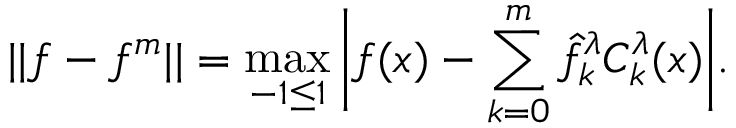
| | f - f ^ { m } | | = \operatorname* { m a x } _ { - 1 \leq 1 } \bigg | f ( x ) - \sum _ { k = 0 } ^ { m } \hat { f } _ { k } ^ { \lambda } C _ { k } ^ { \lambda } ( x ) \bigg | .